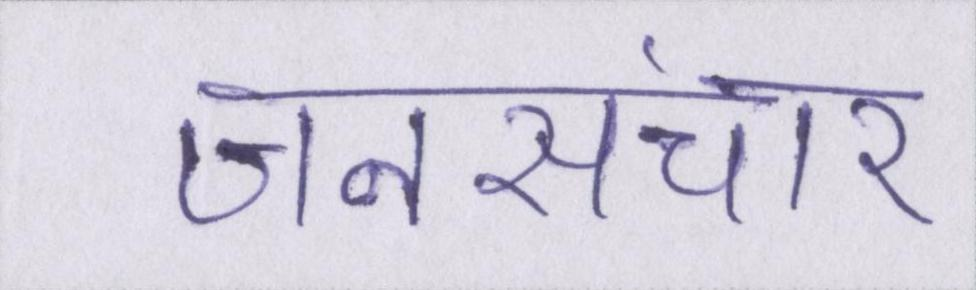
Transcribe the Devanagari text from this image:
जनसंचार